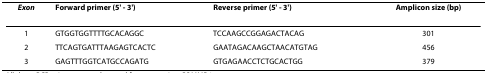
| Exon | Forward primer (5' - 3') | Reverse primer (5' - 3') | Amplicon size (bp) |
 | --- | --- | --- | --- |
 | 1 | GTGGTGGTTTTGCACAGGC | TCCAAGCCGGAGACTACAG | 301 |
 | 2 | TTCAGTGATTTAAGAGTCACTC | GAATAGACAAGCTAACATGTAG | 456 |
 | 3 | GAGTTTGGTCATGCCAGATG | GTGAGAACCTCTGCACTGG | 379 |